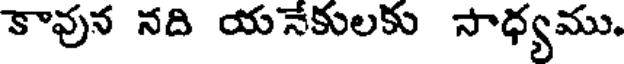
కావున నది యనేకులకు సాధ్యము.